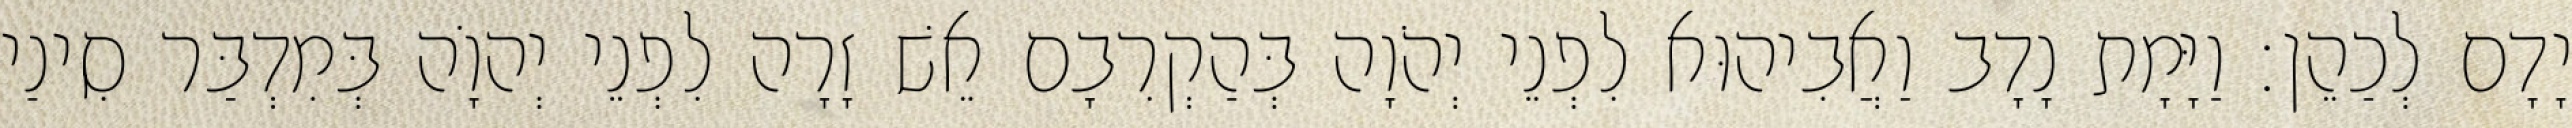
יָדָם לְכַהֵן׃ וַיָּמָת נָדָב וַאֲבִיהוּא לִפְנֵי יְהֹוָה בְּהַקְרִבָם אֵשׁ זָרָה לִפְנֵי יְהוָֹה בְּמִדְבַּר סִינַי